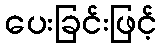
ပေးခြင်းဖြင့်